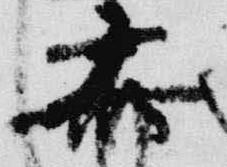
霽